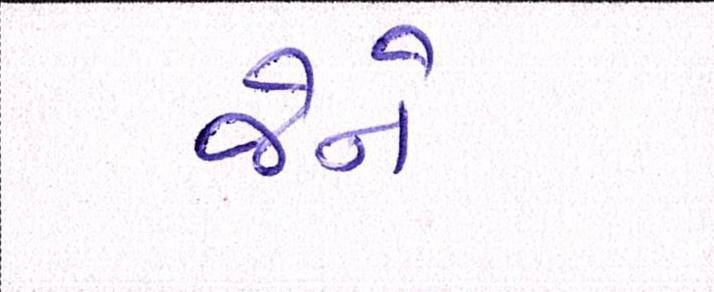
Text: જેને